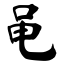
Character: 黾